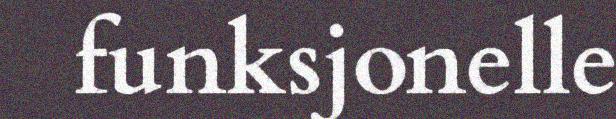
funksjonelle